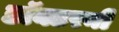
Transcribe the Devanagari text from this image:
डॉक्टरनी